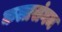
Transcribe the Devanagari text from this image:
कलासंगम